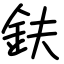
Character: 鈇